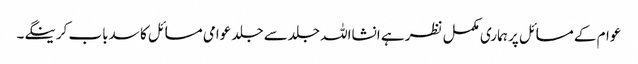
عوام کے مسائل پر ہماری مکمل نظر ہے انشااللہ جلدسے جلد عوامی مسائل کا سدباب کرینگے۔